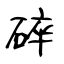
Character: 碎